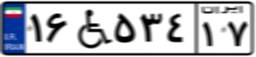
۸۴W۱۲۶۵۰